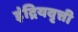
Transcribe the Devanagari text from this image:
इंद्रियवृत्ती